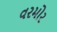
વરમોર